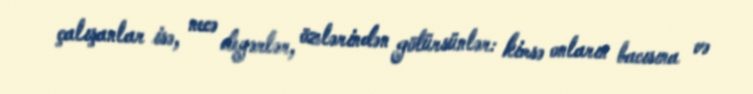
çalışanlar isə, necə deyərlər, özlərindən götürsünlər: kimsə onların bacısına və